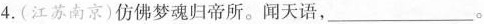
4.(江苏南京)仿佛梦魂归帝所。闻天语，\underline。